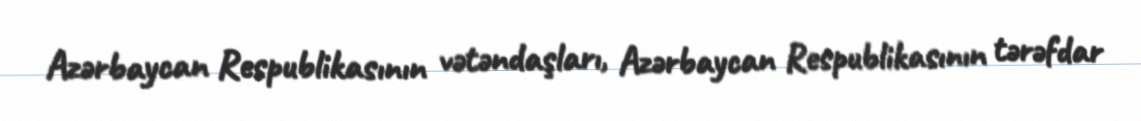
Azərbaycan Respublikasının vətəndaşları, Azərbaycan Respublikasının tərəfdar